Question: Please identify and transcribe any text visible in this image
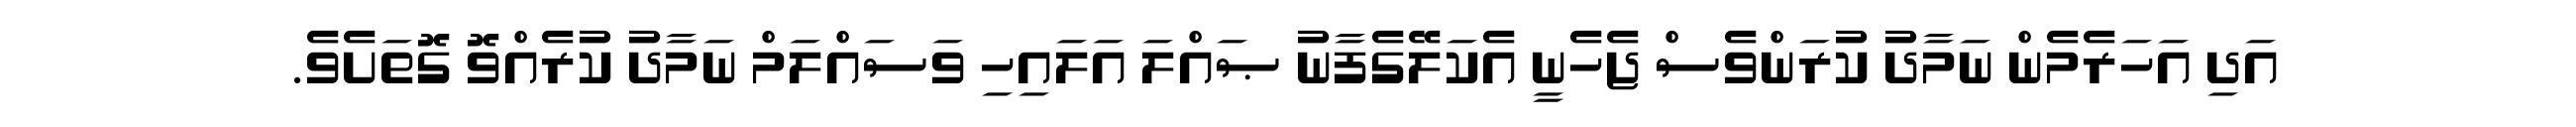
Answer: އަދި އަހަރެމެން ނަމާދު ކުރަންވެސް ޖެހެނީ އެކަލޭގެފާނު ޞައްލަ އަލައިހި ވަސައްލަމް ނަމާދު ކުރެއްވޮ ގޮތަށެވެ.